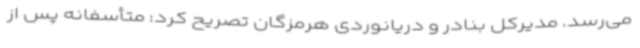
می‌رسد. مدیرکل بنادر و دریانوردی هرمزگان تصریح کرد: متأسفانه پس از